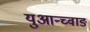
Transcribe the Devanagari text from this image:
युआन्च्वाङ